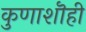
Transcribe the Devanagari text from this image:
कुणाशॊही